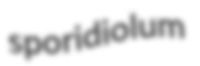
sporidiolum